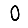
Digit: 0